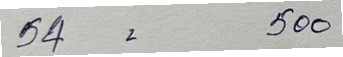
54 = 500